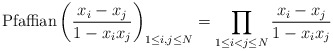
\begin{align*}{\rm Pfaffian}\left( {x_i-x_j \over 1-x_ix_j} \right)_{1\le i,j\le N}=\prod_{1\le i<j\le N}{x_i-x_j \over 1-x_ix_j}\end{align*}